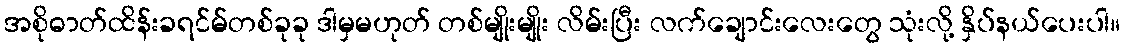
အစိုဓာတ်ထိန်းခရင်မ်တစ်ခုခု ဒါမှမဟုတ် တစ်မျိုးမျိုး လိမ်းပြီး လက်ချောင်းလေးတွေ သုံးလို့ နှိပ်နယ်ပေးပါ။